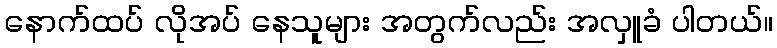
နောက်ထပ် လိုအပ် နေသူများ အတွက်လည်း အလှူခံ ပါတယ်။